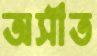
অসীত